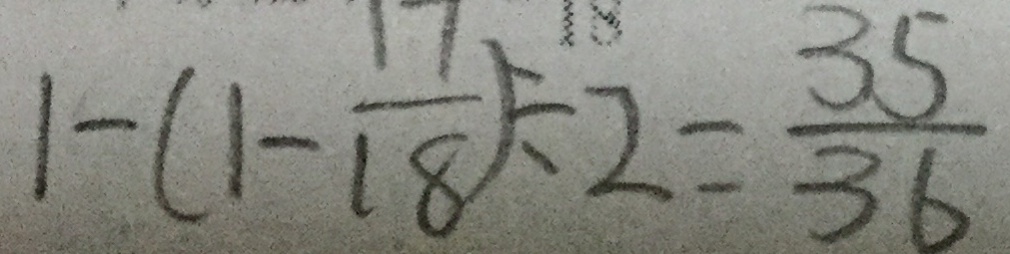
1 - ( 1 - \frac { 1 7 } { 1 8 } ) \div 2 = \frac { 3 5 } { 3 6 }